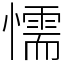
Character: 懦